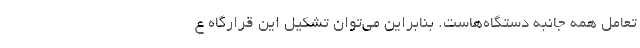
تعامل همه جانبه دستگاه‌هاست. بنابراین می‌توان تشکیل این قرارگاه ع